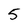
Character: 5